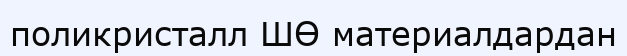
поликристалл ШӨ материалдардан